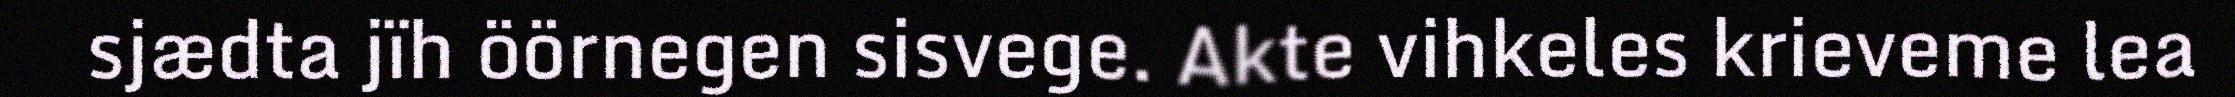
sjædta jïh öörnegen sisvege. Akte vihkeles krieveme lea